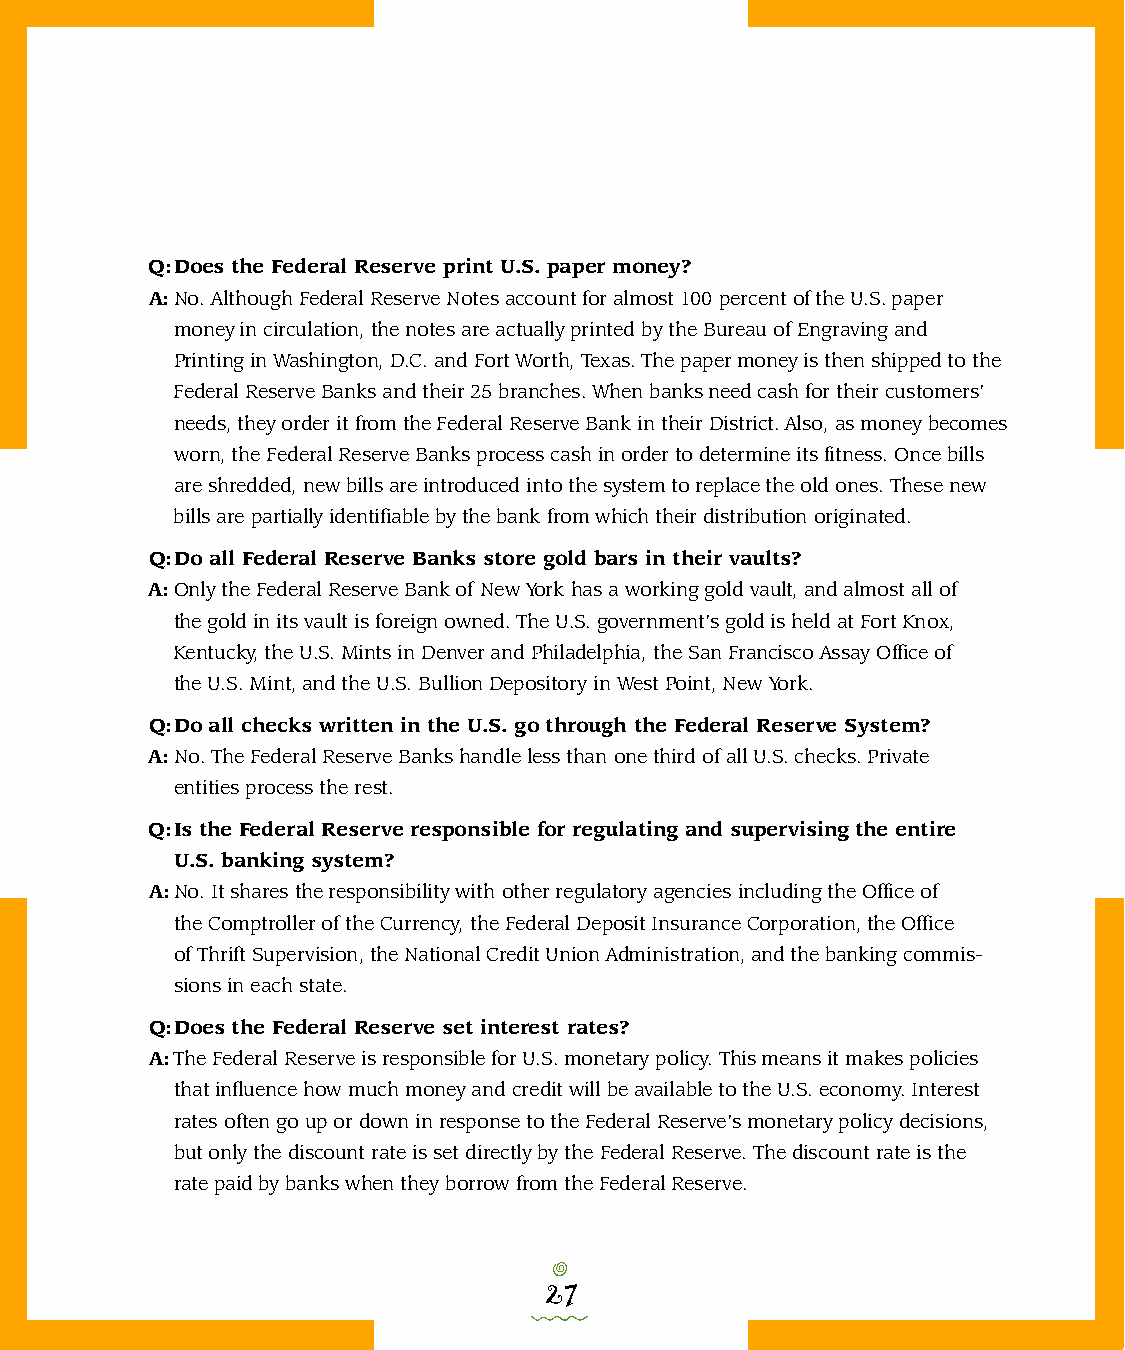
Q: Does the Federal Res e r ve print U.S. paper money?
 A: No. Although Federal Reserve Notes account for almost 100 percent of the U.S. paper
 money in circulation, the notes are actually printed by the Bureau of Engraving and
 Printing in Washington, D.C. and Fort Worth, Texas. The paper money is then shipped to the
 Federal Reserve Banks and their 25 branches. When banks need cash for their customers’
 needs, they order it from the Federal Reserve Bank in their District. Also, as money becomes
 wo r n, the Federal Reserve Banks process cash in order to determine its fitness. Once bills
 are shredded, new bills are introduced into the system to replace the old ones. These new
 bills are partially identifiable by the bank from which their distribution originated.
 Q: Do all Federal Res e r ve Banks store gold bars in their vaults?
 A: Only the Federal Reserve Bank of New York has a working gold vault, and almost all of
 the gold in its vault is foreign owned. The U.S. government’s gold is held at Fort Knox,
 Ken t u c k y, the U.S. Mints in Denver and Philadelphia, the San Francisco Assay Office of
 the U.S. Mint, and the U.S. Bullion Depository in West Point, New Yor k .
 Q: Do all checks written in the U.S. go through the Federal Res e r ve System?
 A: No. The Federal Reserve Banks handle less than one third of all U.S. checks. Private
 entities process the rest.
 Q: Is the Federal Res e r ve responsible for regulating and supervising the entire
 U.S. banking system?
 A: No. It shares the responsibility with other regulatory agencies including the Office of
 the Comptroller of the Currency, the Federal Deposit Insurance Corporation, the Office
 of Thrift Supervision, the National Credit Union Administration, and the banking commis-
 sions in each state.
 Q: Does the Federal Res e r ve set interest rates?
 A: The Federal Reserve is responsible for U.S. monetary policy. This means it makes policies
 that influence how much money and credit will be available to the U.S. economy. Interest
 rates often go up or down in response to the Federal Reserve’s monetary policy decisions,
 but only the discount rate is set directly by the Federal Reserve. The discount rate is the
 rate paid by banks when they borrow from the Federal Reserve .
 o
 27
 0